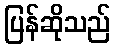
ပြန်ဆိုသည်